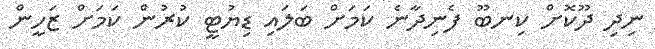
ނިދި ދޫކޮށް ކިނބޫ ފެނިދާނެ ކަމަށް ބަލައި ޑިޔުޓީ ކުރުން ކަމަށް ޒަހީން